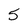
Character: 5